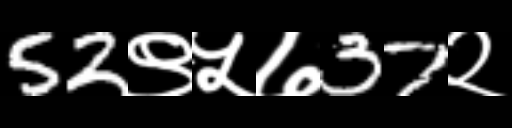
Text: 52९५७37२